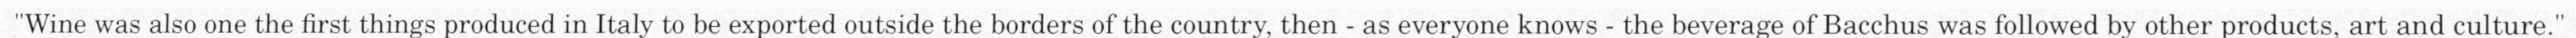
"Wine was also one the first things produced in Italy to be exported outside the borders of the country, then - as everyone knows - the beverage of Bacchus was followed by other products, art and culture."